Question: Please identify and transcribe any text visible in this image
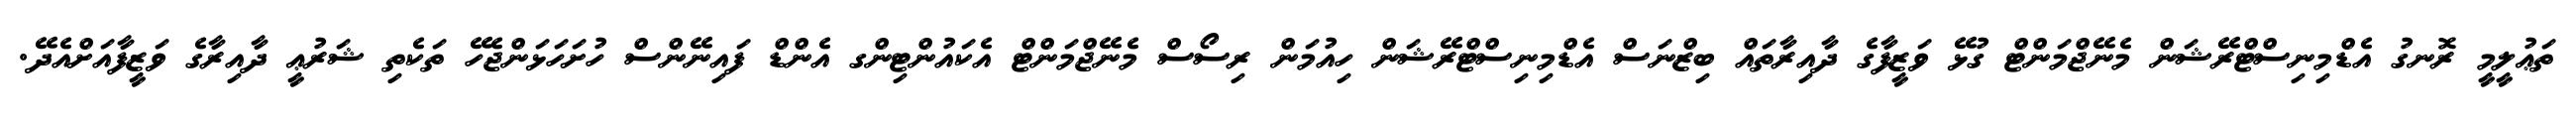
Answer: ތަޢުލީމީ ރޮނގު އެޑްމިނިސްޓްރޭޝަން މެނޭޖްމަންޓް ގުޅޭ ވަޒީފާގެ ދާއިރާތައް ބިޒްނަސް އެޑްމިނިސްޓްރޭޝަން ހިއުމަން ރިސޯސް މެނޭޖްމަންޓް އެކައުންޓިންގ އެންޑް ފައިނޭންސް ހުށަހަޅަންޖެހޭ ތަކެތި ޝަރުޢީ ދާއިރާގެ ވަޒީފާއަށްއެދޭ.